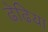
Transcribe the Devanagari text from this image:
ढेढिया